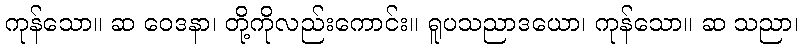
ကုန်သော။ ဆ ဝေဒနာ၊ တို့ကိုလည်းကောင်း။ ရူပသညာဒယော၊ ကုန်သော။ ဆ သညာ၊